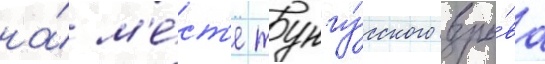
на́ м'е́ст'е тунгу́сского взры́ва